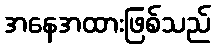
အနေအထားဖြစ်သည်